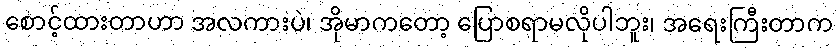
စောင့်ထားတာဟာ အလကားပဲ၊ အိုမာကတော့ ပြောစရာမလိုပါဘူး၊ အရေးကြီးတာက